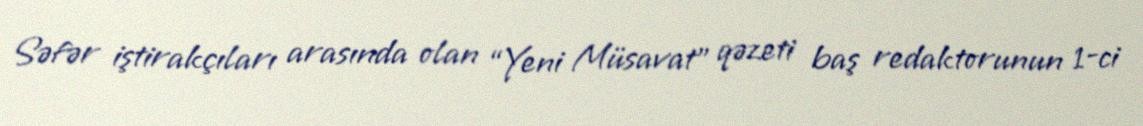
Səfər iştirakçıları arasında olan “Yeni Müsavat” qəzeti baş redaktorunun 1-ci